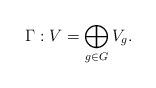
LaTeX: \begin{align*}\Gamma: V=\bigoplus_{g\in G}V_g.\end{align*}